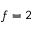
f = 2